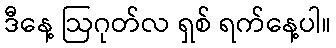
ဒီနေ့ ဩဂုတ်လ ရှစ် ရက်နေ့ပါ။